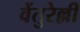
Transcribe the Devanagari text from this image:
वेंतुरेल्ली